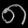
Digit: ၈